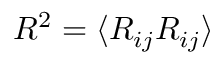
R ^ { 2 } = \langle R _ { i j } R _ { i j } \rangle